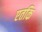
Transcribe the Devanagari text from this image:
एतकि